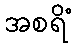
အစရိံ